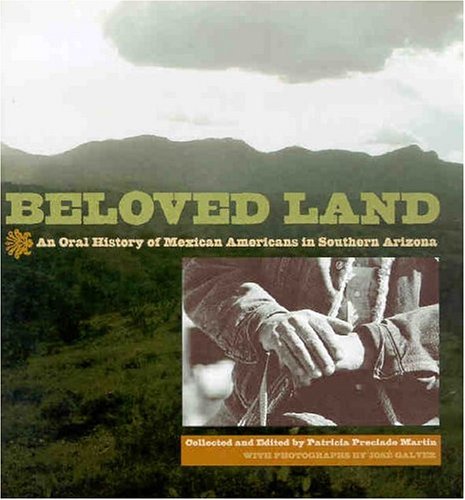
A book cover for Beloved Land: An Oral History of Mexican Americans in Southern Arizona; Biographies & Memoirs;